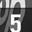
Digit: 5